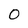
Character: 0